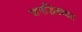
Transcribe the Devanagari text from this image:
जगद्धिख्यात